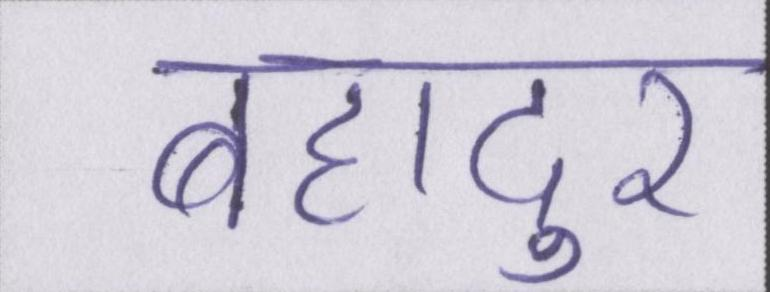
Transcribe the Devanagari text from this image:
बहादुर